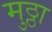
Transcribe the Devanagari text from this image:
मुठ्ठा